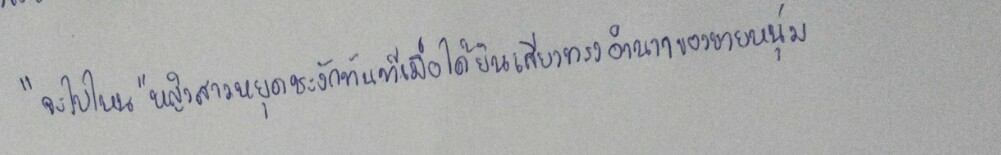
"จะไปไหน"หญิงสาวหยุดชะงักทันทีเมื่อได้ยินเสียงทรงอำนาจของชายหนุ่ม